Problem: 58 + 32 = ?
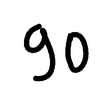
Handwritten answer: 90